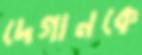
দেগানকে